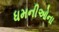
ધમનીઓના